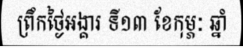
ព្រឹកថ្ងៃអង្គារ ទី១៣ ខែកុម្ភៈ ឆ្នាំ